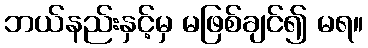
ဘယ်နည်းနှင့်မှ မဖြစ်ချင်၍ မရ။